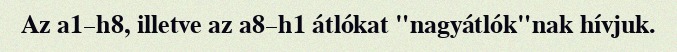
Az a1–h8, illetve az a8–h1 átlókat "nagyátlók"nak hívjuk.